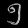
Digit: ၅